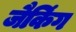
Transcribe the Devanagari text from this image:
जैकिंग